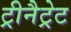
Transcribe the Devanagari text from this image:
ट्रीनैट्रेट